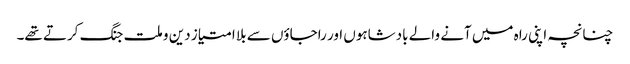
چنانچہ اپنی راہ میں آنے والے بادشاہوں اور راجاؤں سے بلا امتیاز دین و ملت جنگ کرتے تھے۔